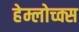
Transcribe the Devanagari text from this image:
हेम्लोच्क्स